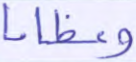
وعظاما